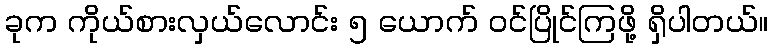
ခုက ကိုယ်စားလှယ်လောင်း ၅ ယောက် ဝင်ပြိုင်ကြဖို့ ရှိပါတယ်။